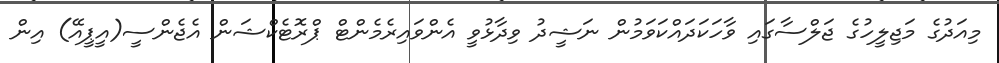
މިއަދުގެ މަޖިލީހުގެ ޖަލްސާގައި ވާހަކަދައްކަވަމުން ނަޝީދު ވިދާޅުވީ އެންވައިރެމެންޓް ޕްރޮޓެކްޝަން އެޖެންސީ(އީޕީއޭ) އިން